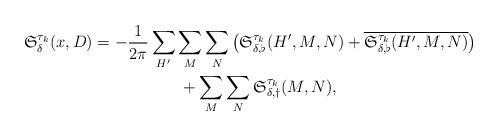
LaTeX: \begin{align*}\begin{aligned}\mathfrak{S}_{\delta}^{\tau_k}(x, D)& = - \frac{1}{2\pi} \sum_{H'} \sum_{M} \sum_{N}\big(\mathfrak{S}_{\delta, \flat}^{\tau_k}(H', M, N) + \overline{\mathfrak{S}_{\delta, \flat}^{\tau_k}(H', M, N)}\big)\\& \hskip 22mm+ \sum_{M} \sum_{N} \mathfrak{S}_{\delta, \dagger}^{\tau_k}(M, N),\end{aligned}\end{align*}